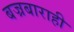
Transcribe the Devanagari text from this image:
बज्रबाराही